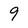
Character: 9